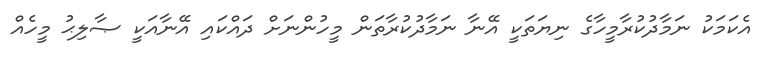
އެކަމަކު ނަމާދުކުރާމީހާގެ ނިޔަތަކީ އޭނާ ނަމާދުކުރާތަން މީހުންނަށް ދައްކައި އޭނާއަކީ ޞާލިޙު މީހެއް